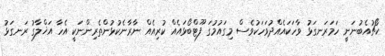
ކޯޗުއެބުނަނީ ހަމަރަނގަޅު ވާހަކައެއްދުވަހަކުވެސް މިގައުމުގަ ފޫޓްބޯޅައެއް ކުރިއެއް ނާރާނެކުޅުންތެރިންނަކީ އެހާ އަޚްލާގު ރަނގަޅު